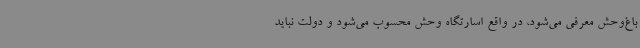
باغ‌وحش معرفی می‌شود، در واقع اسارتگاه وحش محسوب می‌شود و دولت نباید